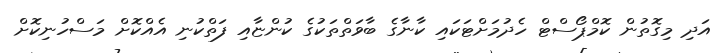
އަދި މިގޮތުން ކޮމްޕޯސްޓް ހެދުމަށްޓަކައި ކާނާގެ ބާވަތްތަކުގެ ކުންޏާއި ފަތްކުނި އެއްކޮށް މަސްހުނިކޮށް